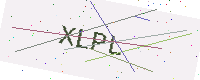
Text: XLPL